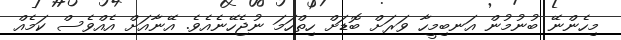
މިހެންނޭ ބުނުމުން އަނބިމީހާ ވަރަށް ބޮޑަށް ހިތްހަމަ ނުޖެހޭނެއެވެ. އޭނާއަށް އެއްވެސް ކަމެއް